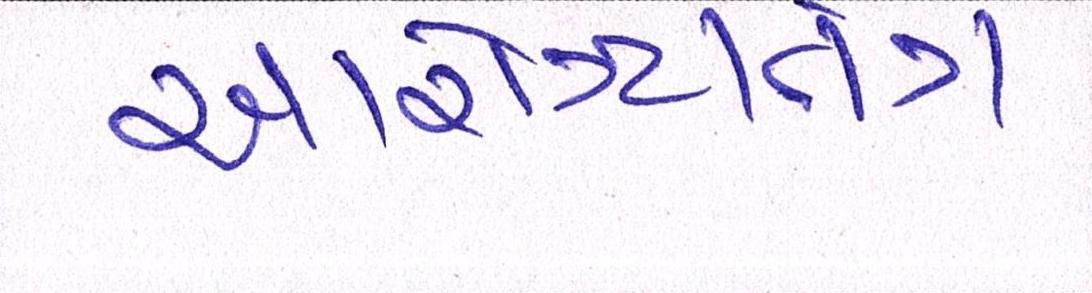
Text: આરોગ્યતંત્ર